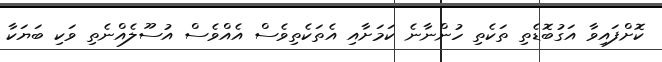
ކޮށްފައިވާ އަގުބޮޑެތި ތަކެތި ހުންނާނެ ކަމަށާއި އެތަކެތިވެސް އެއްވެސް އުސޫލެއްނެތި ވަކި ބަޔަކާ